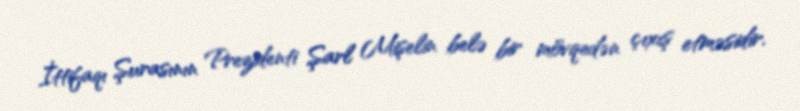
İttifaqı Şurasının Prezidenti Şarl Mişelin belə bir mövqedən çıxış etməsidir.